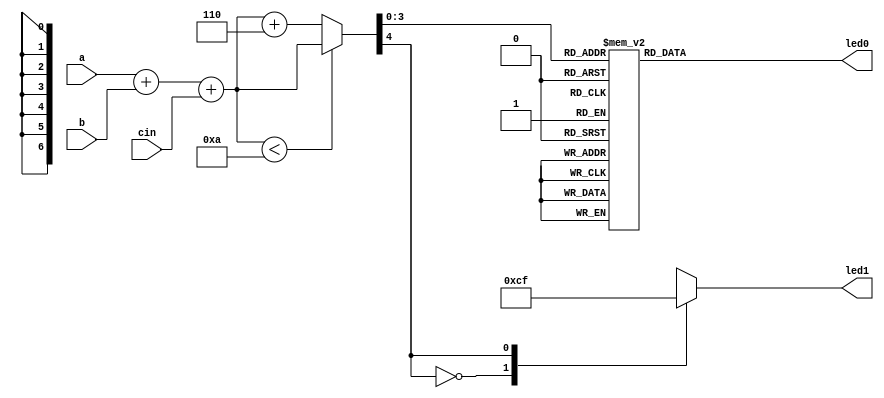
module BCD_ADDER (cin,a,b,led0,led1);

input wire cin;
input [3:0]a,b;

output reg[0:6]led0,led1;

reg co;
reg[3:0]s;
reg[4:0]z;

always@ (a or b or cin)
  begin
    z= a + b + cin;
    if(z<10)
      {co,s}=z;
    else
      {co,s}=z+6;
  end

always@(s)
  begin 
    case (s) // abcdefg
      0: led0= 7'b0000001;
      1: led0= 7'b1001111;
      2: led0= 7'b0010010;
      3: led0= 7'b0000110;
      4: led0= 7'b1001100;
      5: led0= 7'b0100100;
      6: led0= 7'b0100000;
      7: led0= 7'b0001111;
      8: led0= 7'b0000000;
      9: led0= 7'b0000100;
      default: led0 = 7'bx;
    endcase

    case (co) // abcdef
      0: led1 = 7'b0000001;
      1: led1 = 7'b1001111;
      2: led1 = 7'b0010010;
      3: led1 = 7'b0000110;
      4: led1 = 7'b1001100;
      5: led1 = 7'b0100100;
      6: led1 = 7'b0100000;
      7: led1 = 7'b0001111;
      8: led1 = 7'b0000000;
      9: led1 = 7'b0000100;
      default: led1=7'bx;
    endcase
  end
  
endmodule